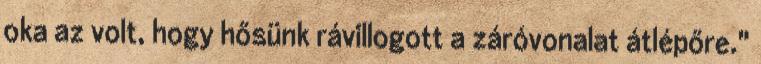
oka az volt, hogy hősünk rávillogott a záróvonalat átlépőre."